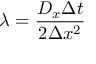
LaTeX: \lambda = { \frac { D _ { x } \Delta t } { 2 \Delta x ^ { 2 } } }